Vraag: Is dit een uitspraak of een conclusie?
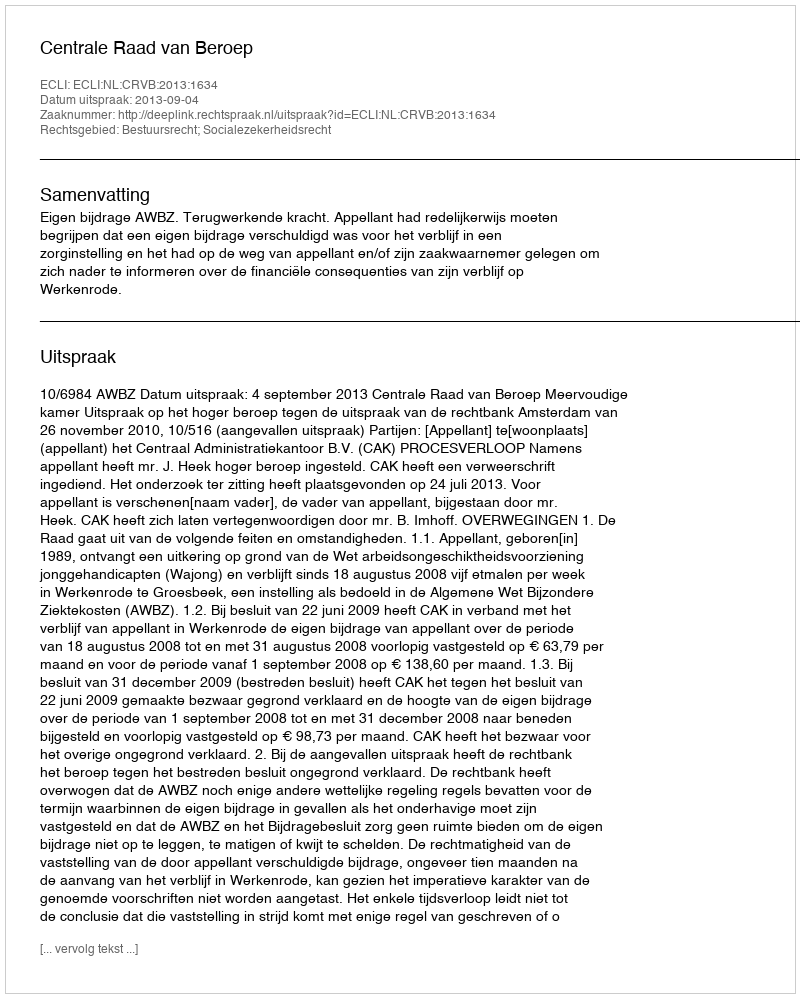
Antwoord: Uitspraak